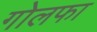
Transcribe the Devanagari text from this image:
गोलफा